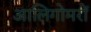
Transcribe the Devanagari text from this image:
आलिगोमरों